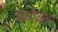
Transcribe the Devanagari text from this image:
आष्टीजवळ